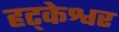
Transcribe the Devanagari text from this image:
हट्केश्वर